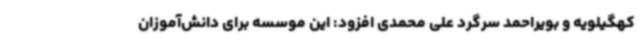
کهگیلویه و بویراحمد سرگرد علی محمدی افزود: این موسسه برای دانش‌آموزان